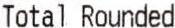
TOTAL TOUNDED